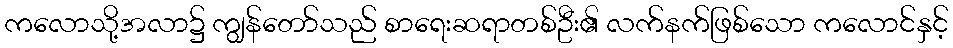
ကလောသို့အလာ၌ ကျွန်တော်သည် စာရေးဆရာတစ်ဦး၏ လက်နက်ဖြစ်သော ကလောင်နှင့်